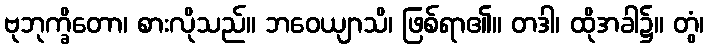
ဗုဘုက္ခိတော၊ စားလိုသည်။ ဘဝေယျာသိ၊ ဖြစ်ရာ၏။ တဒါ၊ ထိုအခါ၌။ တွံ၊